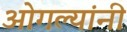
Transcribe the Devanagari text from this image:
ओगल्यांनी